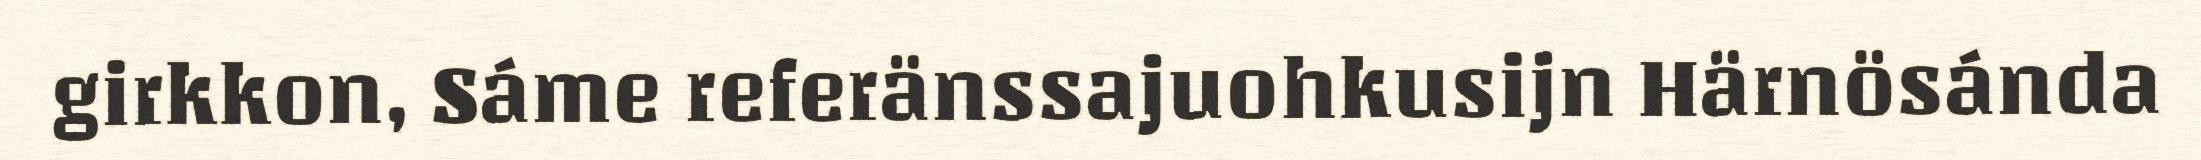
girkkon, Sáme referänssajuohkusijn Härnösánda